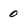
Character: 0